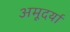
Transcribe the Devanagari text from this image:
अमूदर्या